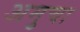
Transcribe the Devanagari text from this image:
अमुचा